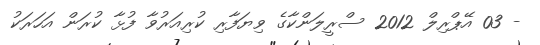
- 03 އޭޕްރިލް 2012 ސްރީލަންކާގެ ވިޔަފާރި ކުރިއަރުވާ ފުޅާ ކުރަން އަހަރަކު